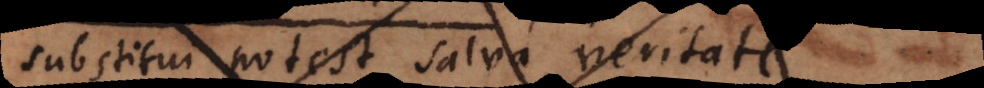
substitui potest, salva veritate,